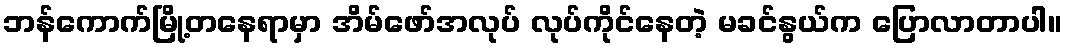
ဘန်ကောက်မြို့တနေရာမှာ အိမ်ဖော်အလုပ် လုပ်ကိုင်နေတဲ့ မခင်နွယ်က ပြောလာတာပါ။